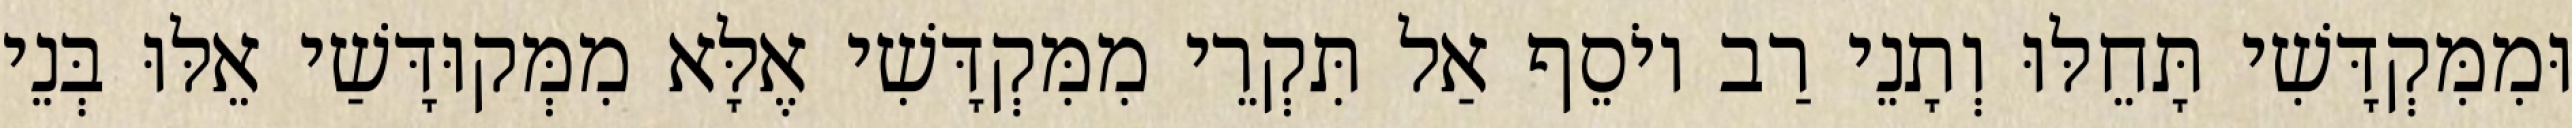
וּמִמִּקְדָּשִׁי תָּחֵלּוּ וְתָנֵי רַב יוֹסֵף אַל תִּקְרֵי מִמִּקְדָּשִׁי אֶלָּא מִמְּקוּדָּשַׁי אֵלּוּ בְּנֵי